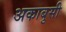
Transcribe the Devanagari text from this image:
अकाबुसी